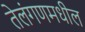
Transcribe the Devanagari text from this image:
तेलंगणमधील